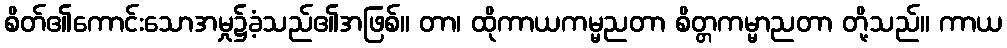
စိတ်၏ကောင်းသောအမှု၌ခံ့သည်၏အဖြစ်။ တာ၊ ထိုကာယကမ္မညတာ စိတ္တကမ္မာညတာ တို့သည်။ ကာယ